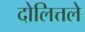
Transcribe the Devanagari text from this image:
दोलित्तले